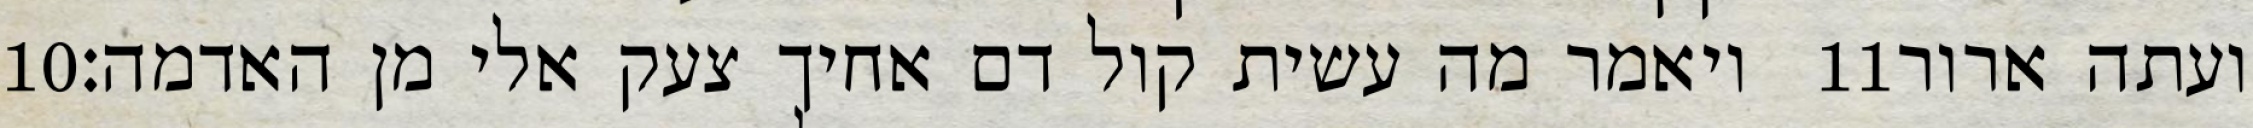
‎10‏ ויאמר מה עשית קול דם אחיך צעק אלי מן האדמה׃ ‎11‏ ועתה ארור